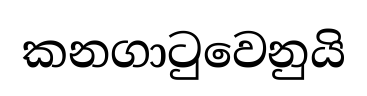
කනගාටුවෙනුයි